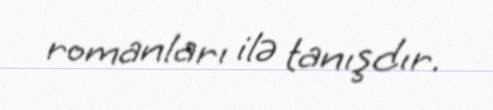
romanları ilə tanışdır.